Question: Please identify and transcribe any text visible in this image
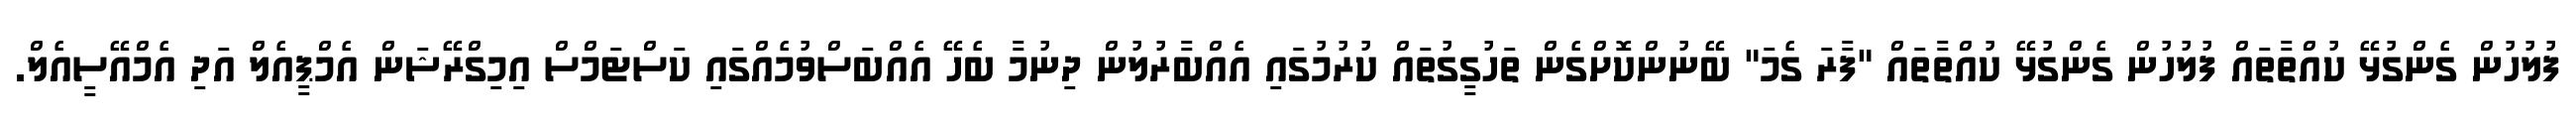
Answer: ފުލުހުން ގެންގުޅޭ ކުއްތާތައް ފުލުހުން ގެންގުޅޭ ކުއްތާތައް "ފާރަ ގެމަ" ބޭނުންކޮށްގެން ތަހުގީގުތައް ކުރުމުގައި އެއްބާރުލުން ދިނުމާ ބެހޭ އެއްބަސްވުމެއްގައި ކަސްޓަމްސް އިމިގްރޭޝަން އެމްޕީއެލް އަދި އެމްއޭސީއެލް.